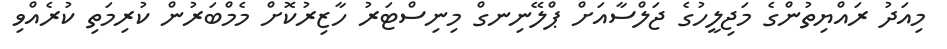
މިއަދު ރައްޔިތުންގެ މަޖިލީހުގެ ޖަލްސާއަށް ޕްލޭނިނގް މިނިސްޓަރު ހާޒިރުކޮށް މެމްބަރުން ކުރިމަތި ކުރެއްވި